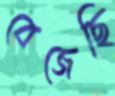
বেজেছি